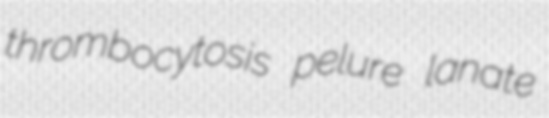
thrombocytosis pelure lanate